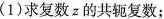
(1)求复数z的共轭复数；